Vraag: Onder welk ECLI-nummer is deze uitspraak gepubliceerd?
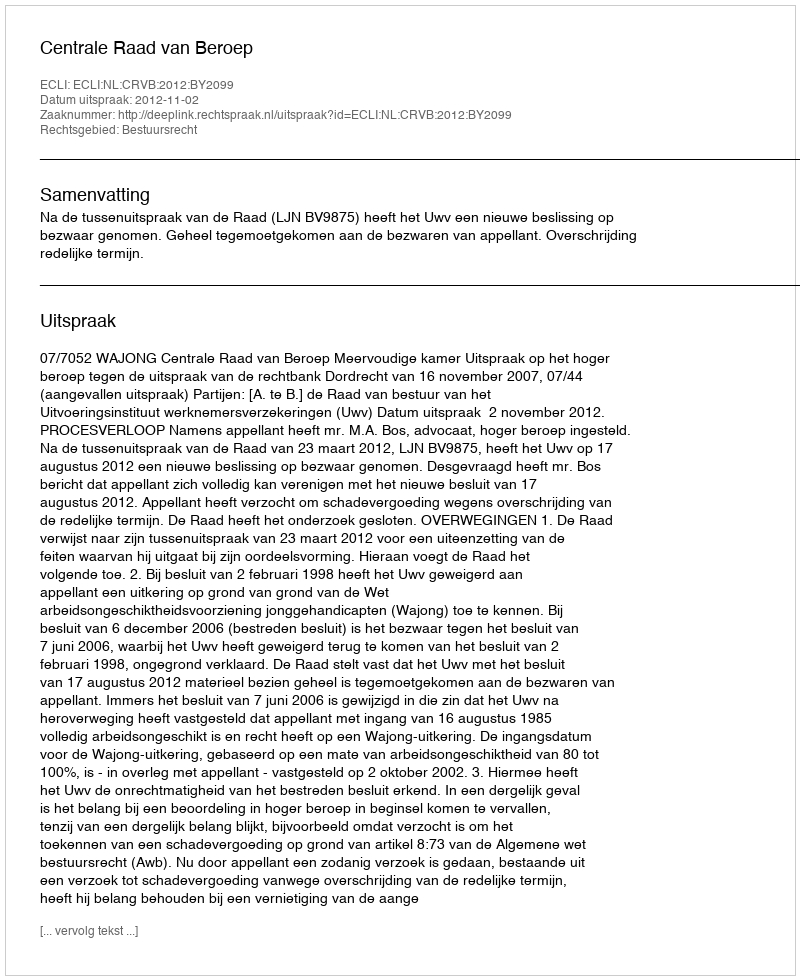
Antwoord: ECLI:NL:CRVB:2012:BY2099